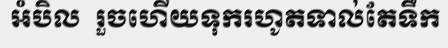
អំបិល  រួចហើយទុករហូតទាល់តែទឹក